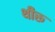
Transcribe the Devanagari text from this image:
थीरू